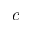
c